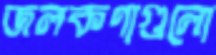
জলকণাগুলো